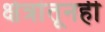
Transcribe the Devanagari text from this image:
क्षेत्रांतूनही